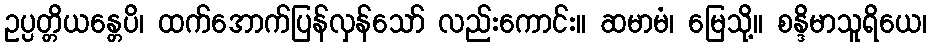
ဥပ္ပတ္တိယန္တေပိ၊ ထက်အောက်ပြန်လှန်သော် လည်းကောင်း။ ဆမာမံ၊ မြေသို့။ စန္ဒိမာသူရိယေ၊